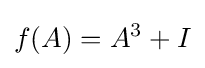
f(A)=A^{3}+I